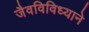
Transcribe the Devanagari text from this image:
जैवविविध्याने